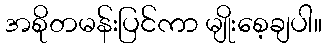
အစိုတမန်းပြင်ကာ မျိုးစေ့ချပါ။